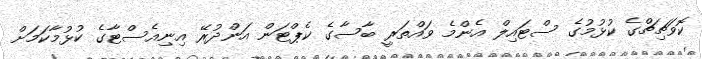
ކޮވަޗިޗްގެ ކުޅުމުގެ ސްޓައިލް އެންމެ ވައްތަރީ ބާސާގެ ކެޕްޓަން އަންދުރޭ އިނިއެސްޓާގެ ކުޅުމާކަމަށް